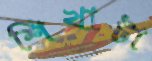
শিখাটা